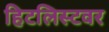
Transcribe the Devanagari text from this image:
हिटलिस्टवर